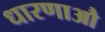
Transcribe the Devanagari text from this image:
धारणाऔ